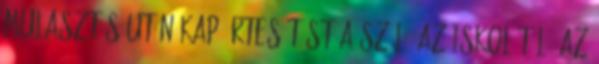
mulasztás után kap értesítést a szülő az iskolától. Az